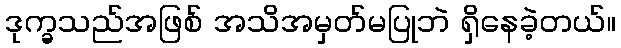
ဒုက္ခသည်အဖြစ် အသိအမှတ်မပြုဘဲ ရှိနေခဲ့တယ်။